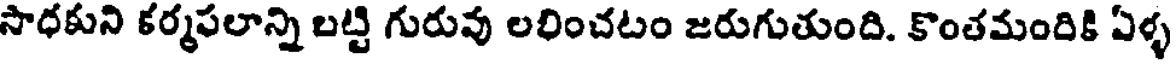
సాధకుని కర్మఫలాన్ని బట్టి గురువు లభించటం జరుగుతుంది. కొంతమందికి ఏళ్ళ